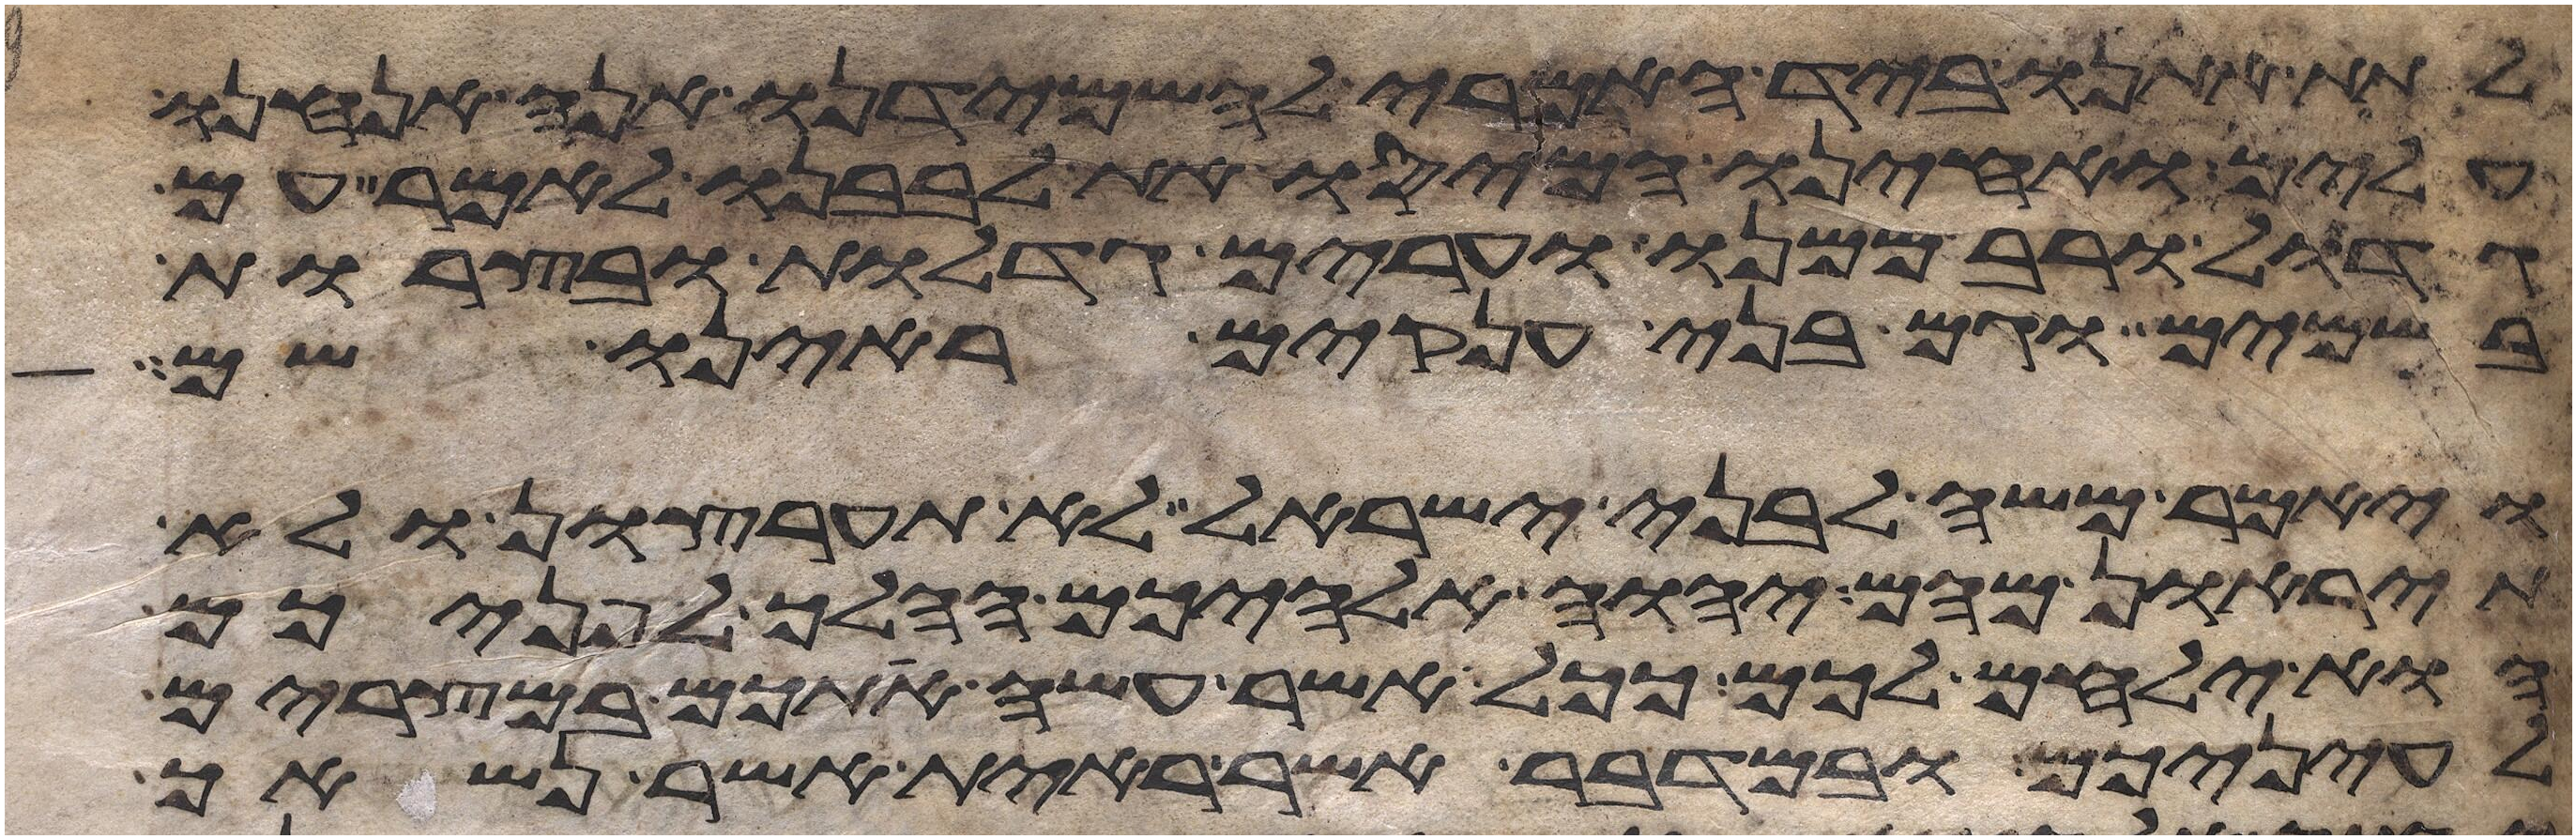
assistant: לתת אתנו ביד האמרי להשמידנו אנה אנחנו
עלים ואחינו המיסו את לבבנו לאמר עם
גדול ורב ממנו ערים גדלות ובצרות
בשמים וגם בני ענקים ראינו שם
ויאמר משה לבני ישראל לא תערצון ולא
תיראון מהם יהוה אלהיכם ההלך לפניכם
הוא ילחם לכם ככל אשר עשה אתכם במצרים
לעיניכם ובמדבר אשר ראית אשר נשאך